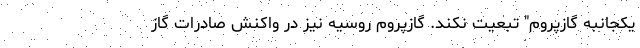
یکجانبه گازپروم" تبعیت نکند. گازپروم روسیه نیز در واکنش صادرات گاز